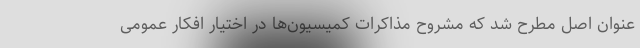
عنوان اصل مطرح شد که مشروح مذاکرات کمیسیون‌ها در اختیار افکار عمومی